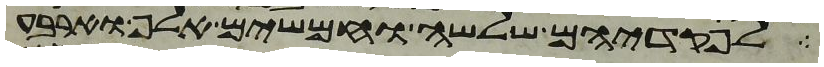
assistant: לפקדיהם שלשה וחמשים אלף וארבע